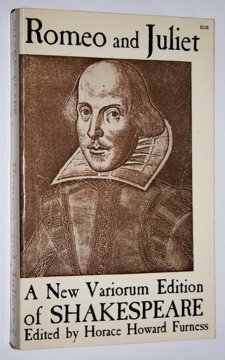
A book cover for Romeo and Juliet (A new variorum edition of Shakespeare); William Shakespeare; Comics & Graphic Novels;